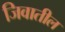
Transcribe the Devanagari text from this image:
जिवातील